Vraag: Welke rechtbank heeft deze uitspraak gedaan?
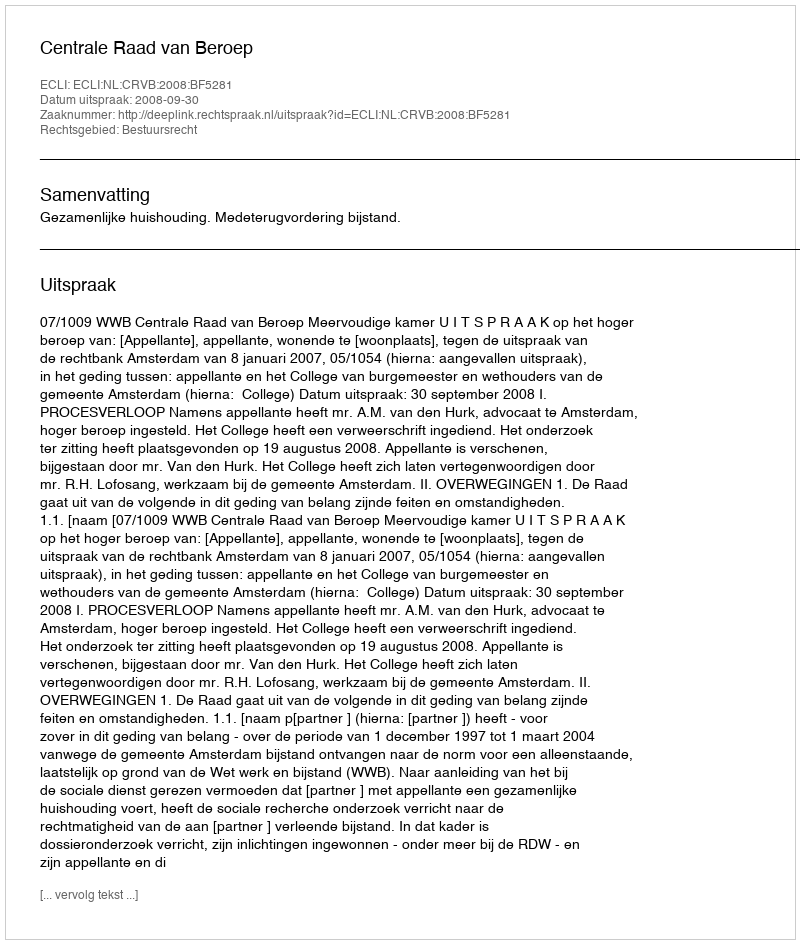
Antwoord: Centrale Raad van Beroep